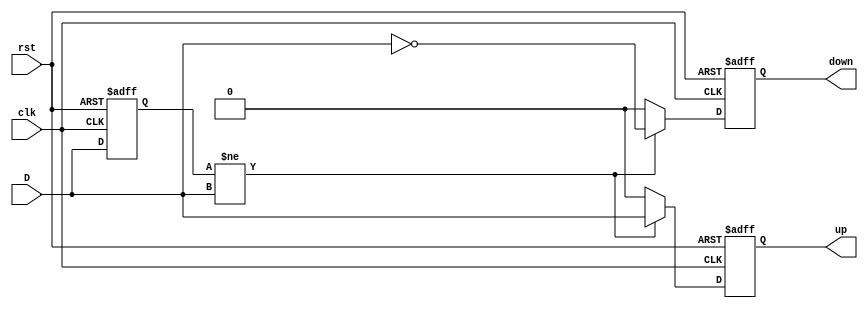
`ifndef __UTIL__DELAY_BORDER_DETECTOR__
`define __UTIL__DELAY_BORDER_DETECTOR__

module DelayBorderDetector #(
	parameter TempInit = 1'b0
)(
	input clk,
	input rst,
	input D,
	output reg up,
	output reg down
);

reg temp = TempInit;


always @(posedge clk or posedge rst) begin
	if (rst) begin
		temp = TempInit;
		up = 1'b0;
		down = 1'b0;
	end
	else// if (clk)
	begin
		if(temp != D)
		begin
			up = D;
			down = ~D;
		end
		else begin
			up = 1'b0;
			down = 1'b0;
		end
		temp = D;
	end
end

endmodule


`endif